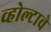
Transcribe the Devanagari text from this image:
व्होल्टाचे